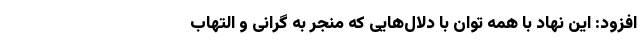
افزود: این نهاد با همه توان با دلال‌هایی که منجر به گرانی و التهاب